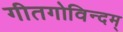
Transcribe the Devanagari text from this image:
गीतगोविन्दम्